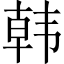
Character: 韩